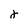
Character: j